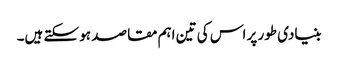
بنیادی طور پر اس کی تین اہم مقاصد ہو سکتے ہیں۔